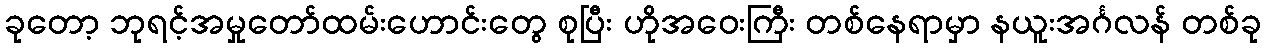
ခုတော့ ဘုရင့်အမှုတော်ထမ်းဟောင်းတွေ စုပြီး ဟိုအဝေးကြီး တစ်နေရာမှာ နယူးအင်္ဂလန် တစ်ခု